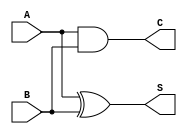
module carry_lookahead_half_adder (
    input wire A,   // First single-bit input
    input wire B,   // Second single-bit input
    output wire S,  // Sum output
    output wire C   // Carry output
);

    // Generate (G) and Propagate (P) signals
    wire G; // Carry generation
    wire P; // Carry propagation

    // Logic for sum output (S)
    assign S = A ^ B; // Sum is A XOR B

    // Logic for carry output (C)
    assign C = A & B; // Carry is A AND B

    // Generate and Propagate signals (optional for half-adder)
    assign G = A & B; // Generate
    assign P = A ^ B; // Propagate

endmodule